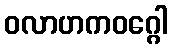
ဝလာဟကဝဂ္ဂေါ